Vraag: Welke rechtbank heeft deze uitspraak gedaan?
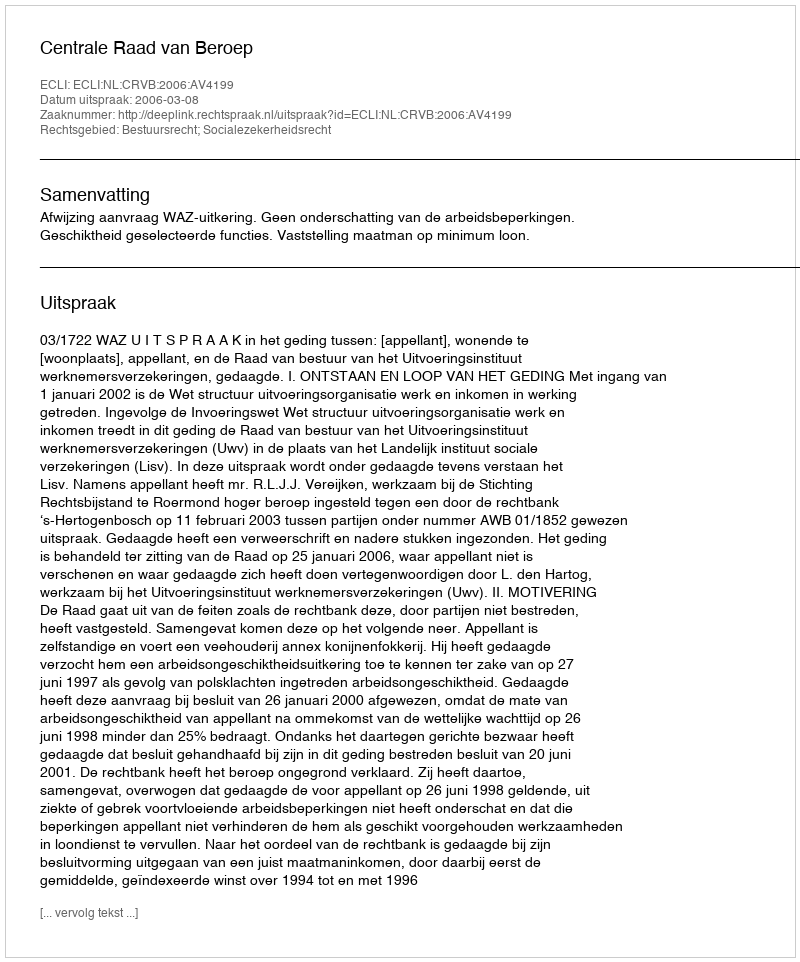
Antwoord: Centrale Raad van Beroep